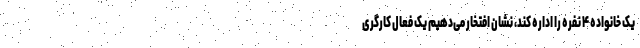
یک خانواده ۴ نفره را اداره کند، نشان افتخار می‌دهیم یک فعال کارگری